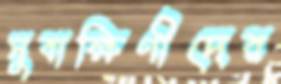
সুবাক্ষিণীদের